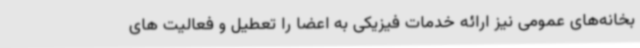
بخانه‌های عمومی نیز ارائه خدمات فیزیکی به اعضا را تعطیل و فعالیت های